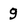
Character: g